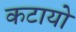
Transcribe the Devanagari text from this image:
कटायो